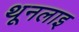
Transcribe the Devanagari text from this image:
थूनलाइ